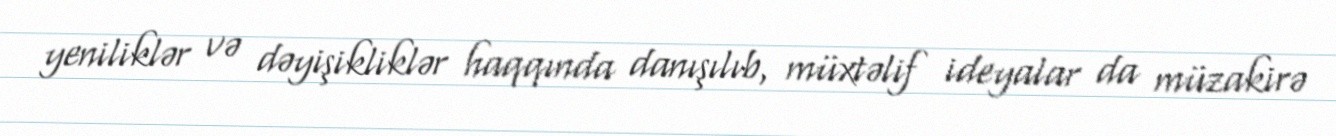
yeniliklər və dəyişikliklər haqqında danışılıb, müxtəlif ideyalar da müzakirə